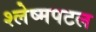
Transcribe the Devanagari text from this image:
श्लेष्मपटल